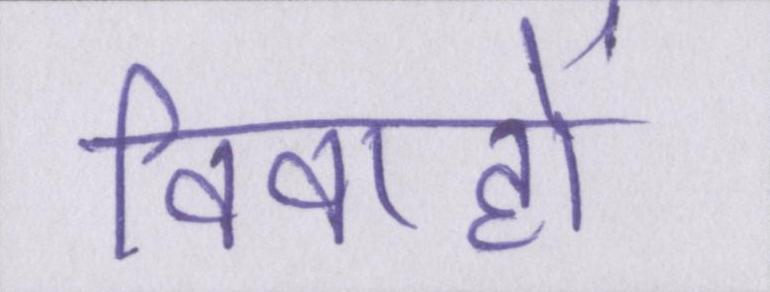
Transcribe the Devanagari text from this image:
विवाहों